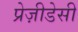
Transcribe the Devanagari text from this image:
प्रेज़ीडेसी